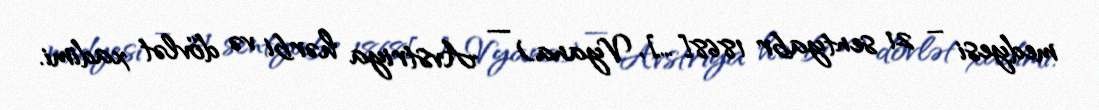
medyesi – 21 sentyabr 1868[…], Vyana) — Avstriya hərbi və dövlət xadimi.